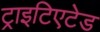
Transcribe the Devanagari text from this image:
ट्राइटिएटेड